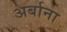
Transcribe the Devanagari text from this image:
अर्बाना